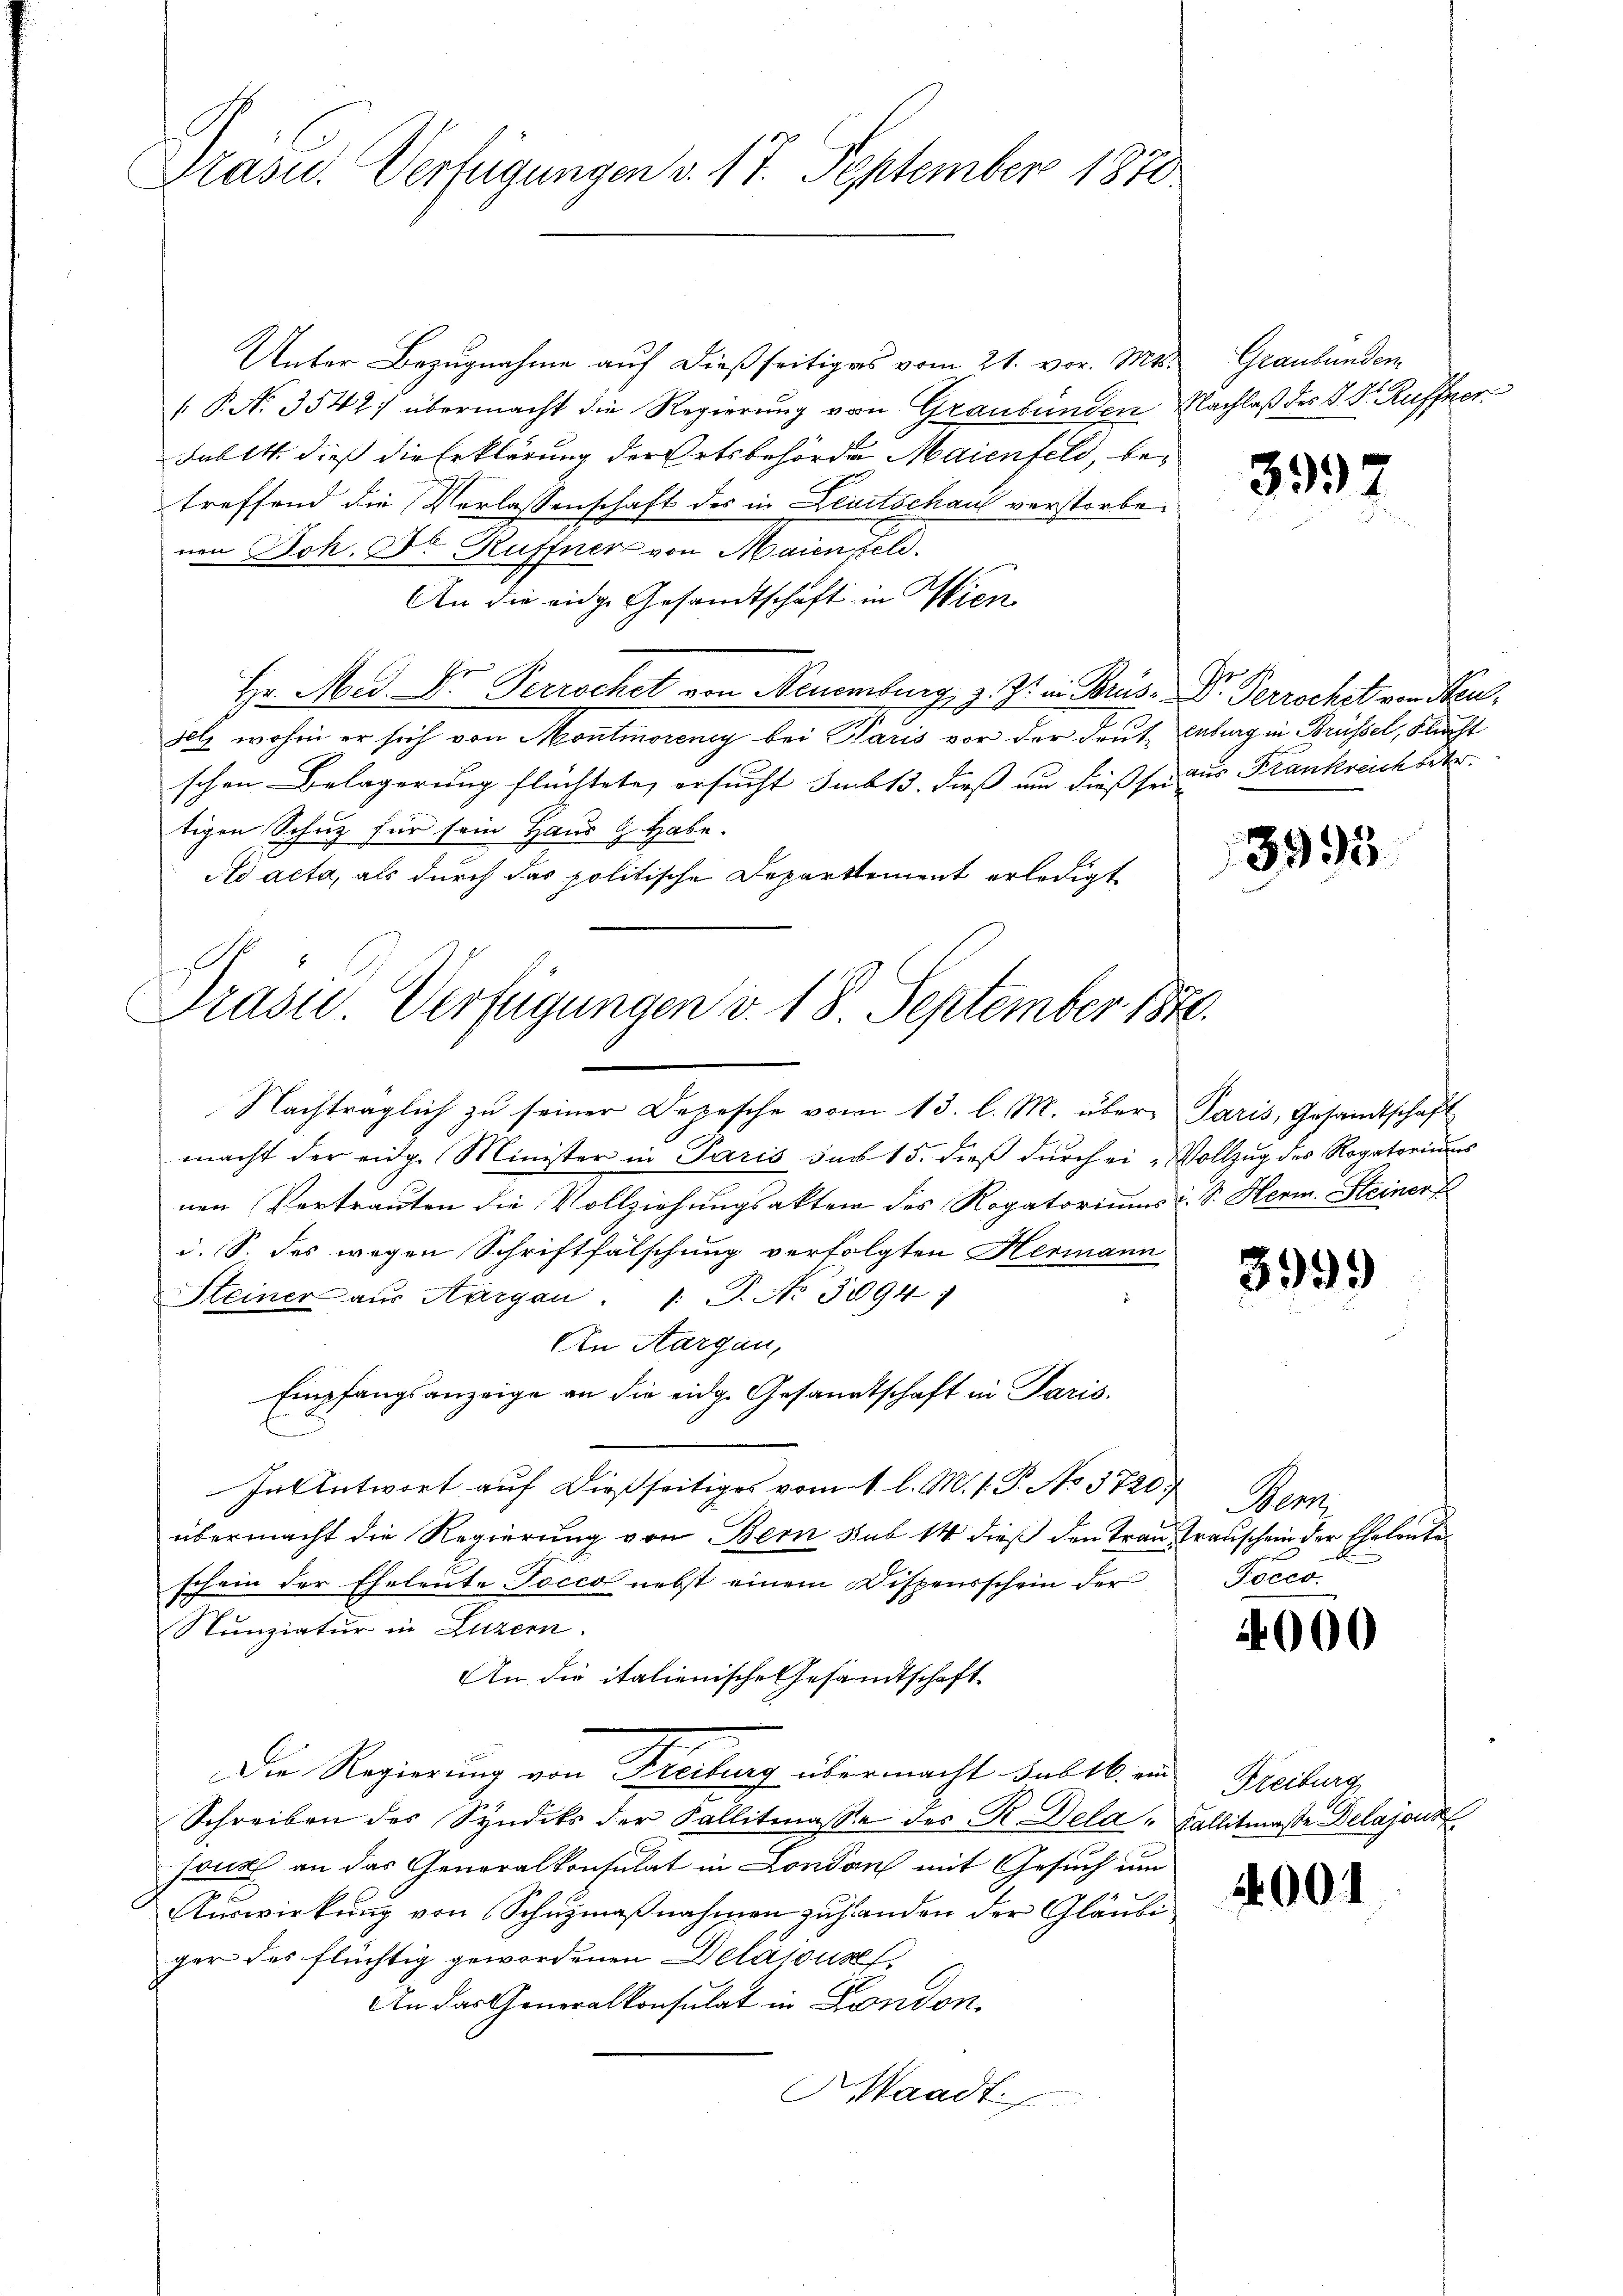
Präsid. Verfügungen v. 17. September 1810.

Unter Bezugnahme auf dießseitiges vom 21. vor. Mts.
( P. N. 3542) übermacht die Regierung von Graubünden Nachlaß des V. D. Ruffner¬
Jabl. dieß die Erklärung der Ortsbehörde Maienfeld, betreffend die Verlassenschaft des in Deutschaus verstorben
nen Joh. Dr Ruffner von Maienfeld.
An die eidge Gesandtschaft in Wien
Hr. Med. Dr. Perrochet von Neuenburg, z. Z. in Brus. Dr. Perrochet von Neu
jelz wohin er sich von Montmoreney bei Paris vor der Deut, Laburg in Brüssel, Flucht
schen Belagerung flüchtete, ersucht sub 15. dieß und dieß sei aus Frankreich betr.
tigen Schuz für sein Haus G. Habe.
Ad acta, als durch das politische Departement erledigt
a

Drasu. Verfügungen v. 18. September 1870.
s

Nachträglich zu seiner Depesche vom 13. l. M. über Paris, Gesandtschaft
macht der eidg. Minister in Paris sub 15. dieß durch ei-Vollzug des Rogatoriums
nen Vertrauten die Vollziehungsakten des Rogatoriums u. Sr. Herm. Steiner
d. S. des wegen Schriftfälschung verfolgten Hermann
Steiner aus Aargau. /: P. Nr. 3094)
An Aargau,
Empfangsanzeige an die eidg. Gesandtschaft in Paris.
In Antwort auf dießseitiges vom 1. l. M. s. P. No 3720,
übermacht die Regierung von Bern sub 14 dieß den Trau, Transchein der Eheleute
schein der Eheleute Pocco nebst einem Dispensschein der
Nunziatur in Luzern.
An die italienische Gesandtschaft
Die Regierung von Freiburg übermacht sub 16. und Freiburg
Schreiben des Syndiks der Fallitmasse des R. Dela - Fallitmasse Delajout
sous an das Generalkonsulat in London mit Gesuch um
Auswirkung von Schuzmaßnahmen zuhanden der Gläubi
ger des flüchtig gewordenen Delajours
An das Generalkonsulat in London.
Waadt

Graubünden

399

3995

3999

Wern
Pocco

)

00

400f